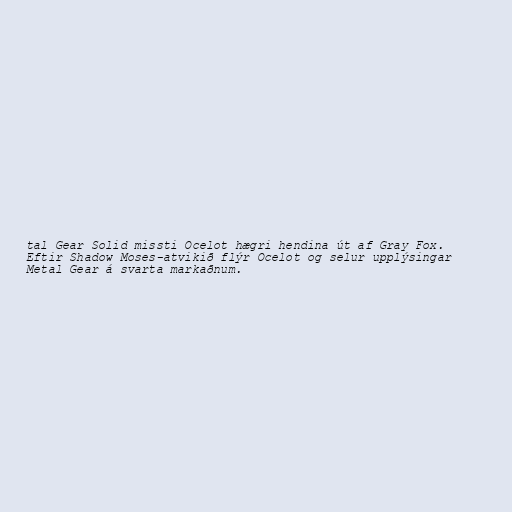
tal Gear Solid missti Ocelot hægri hendina út af Gray Fox.
Eftir Shadow Moses-atvikið flýr Ocelot og selur upplýsingar
Metal Gear á svarta markaðnum.